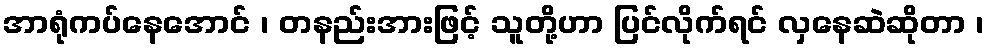
အာရုံကပ်နေအောင် ၊ တနည်းအားဖြင့် သူတို့ဟာ ပြင်လိုက်ရင် လှနေဆဲဆိုတာ ၊